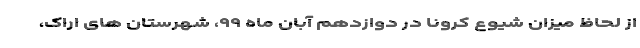
از لحاظ میزان شیوع کرونا در دوازدهم آبان ماه ۹۹، شهرستان های اراک،